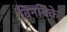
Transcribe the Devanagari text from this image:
बिनबिके